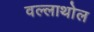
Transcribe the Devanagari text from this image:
वल्लाथोल